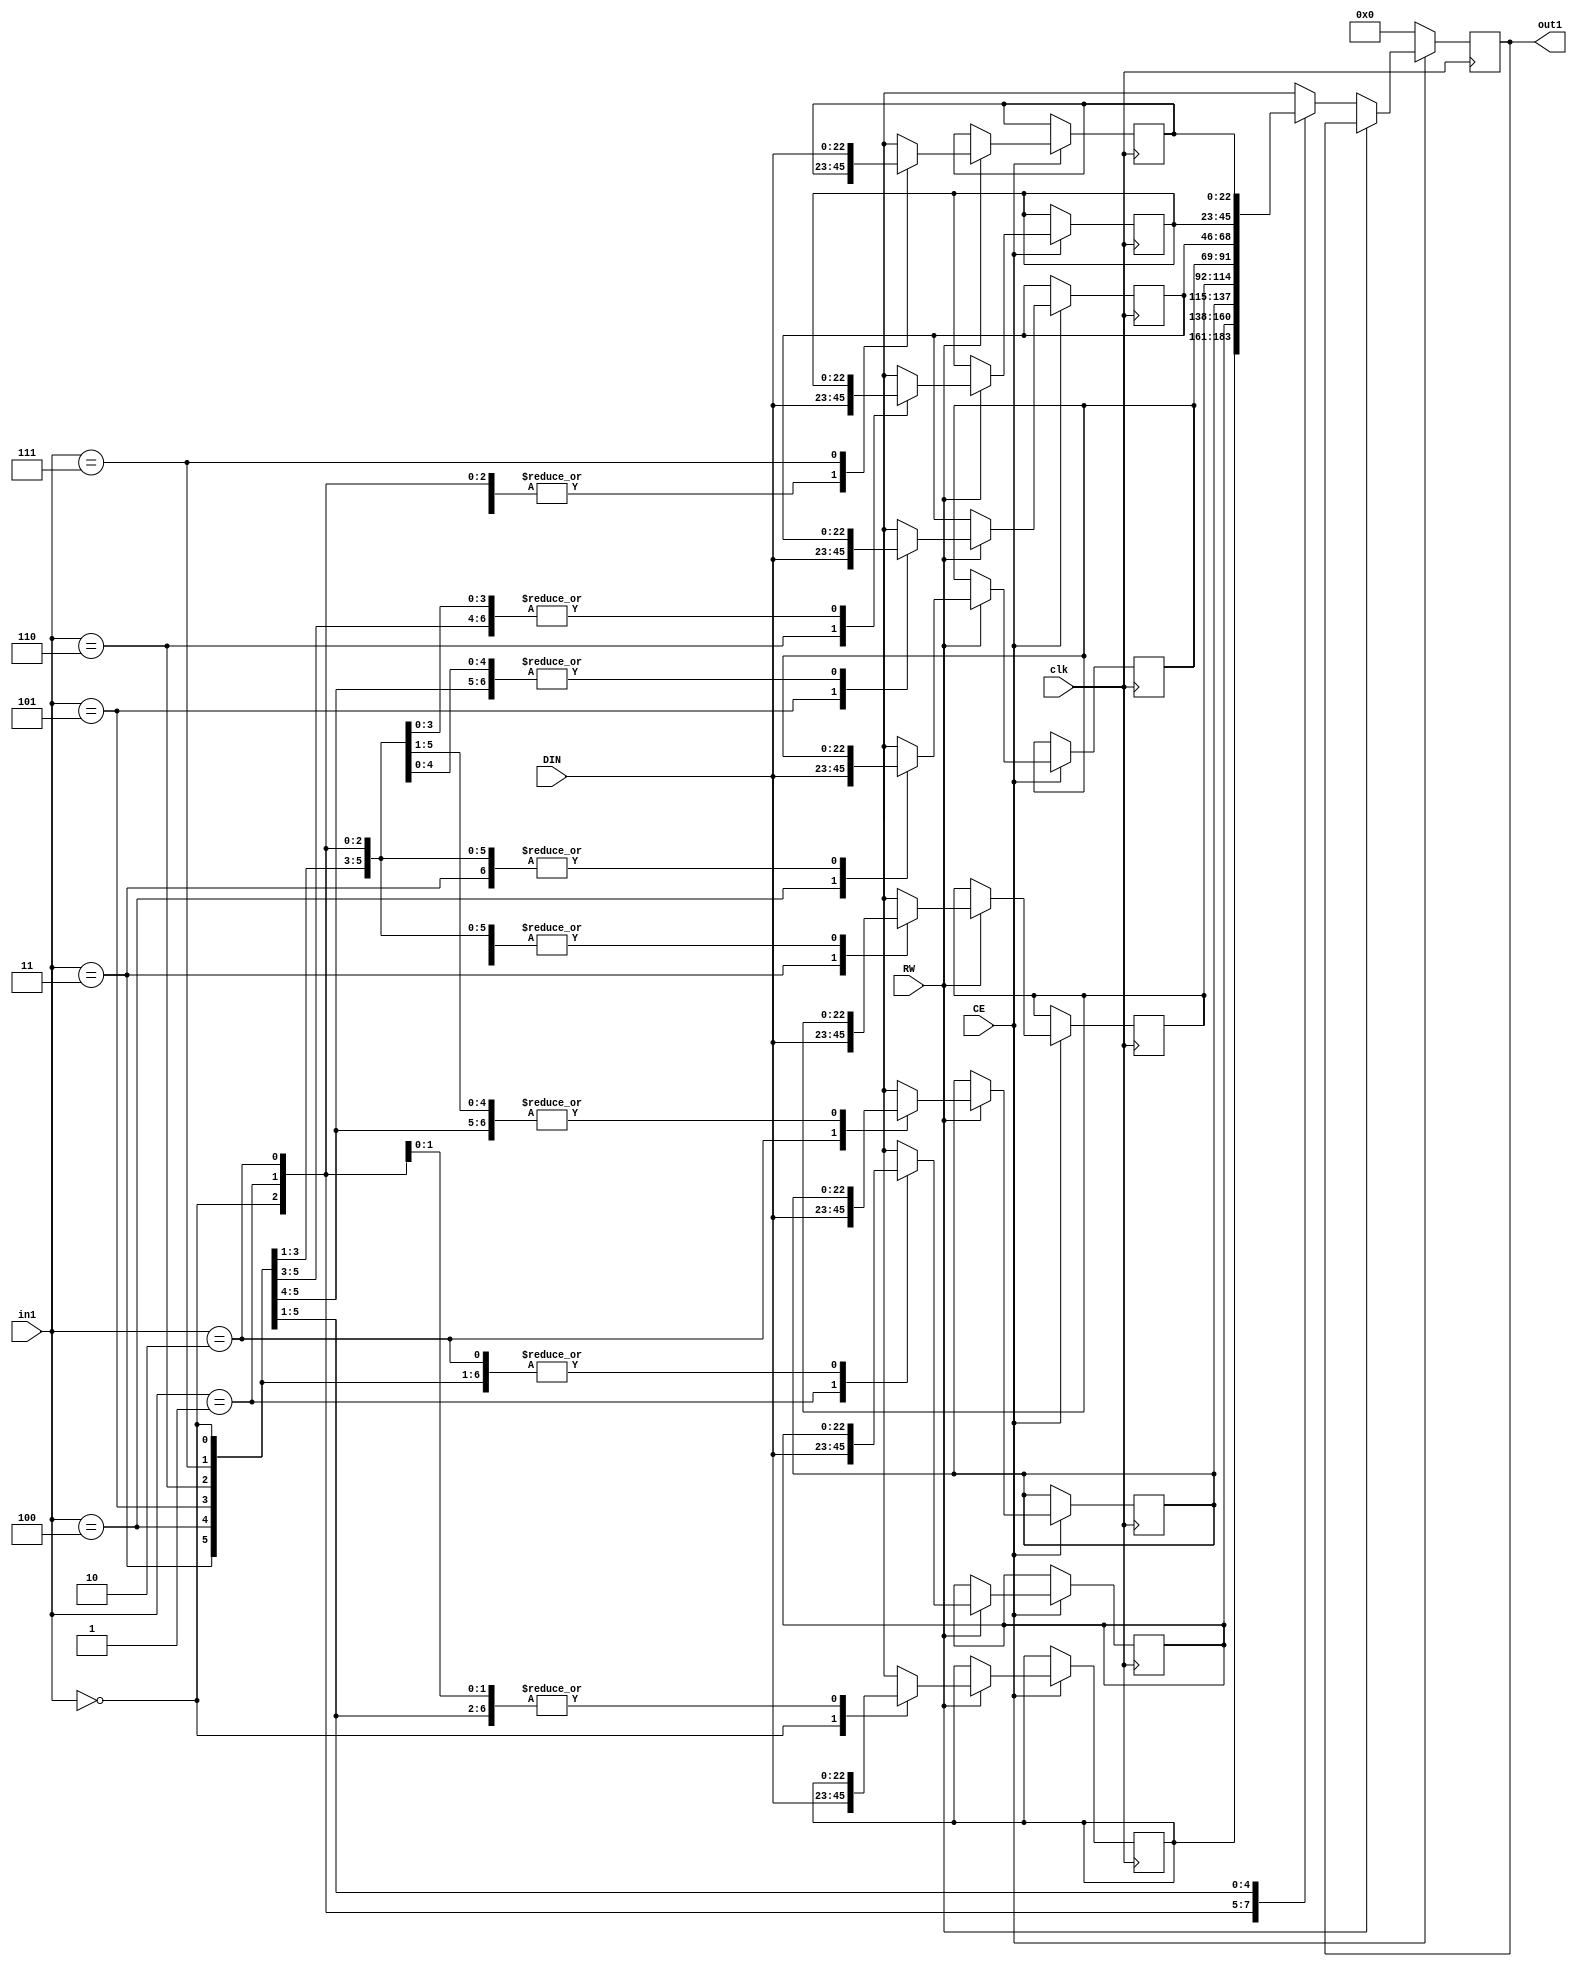
// Generated by stratus_hls 19.12-s100  (91710.131054)
// Sun Apr 24 17:59:21 2022
// from ../DFT_compute.cpp

`timescale 1ps / 1ps

      
module DFT_compute_RAM_8X23_3(DIN, CE, RW, in1, out1, clk);

      input [22:0] DIN;
      input CE;
      input RW;
      input [2:0] in1;
      input clk;
      output [22:0] out1;
      reg [22:0] out1;
      reg[22:0] mem[7:0];

         always @(posedge clk)
          begin :DFT_compute_RAM_8X23_3_thread_1
            if (CE) begin
               if (RW) begin
                  mem[in1] = DIN;
               end
               else begin
                  out1 <= mem[in1];
               end
            end
            else begin
               out1 <= 23'd0000000;
            end
         end


endmodule